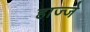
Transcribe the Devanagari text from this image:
हाज्जे